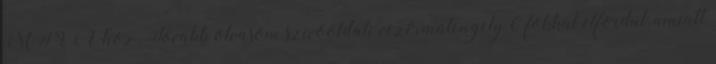
MTVA-hoz. Tovább olvasom szívóoldali vezérműtengely 6 fokkal elfordul, amiatt